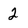
Character: 2